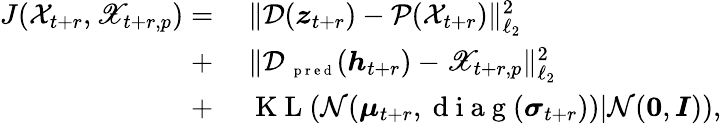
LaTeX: \begin{array}{rl}{J(\mathcal X_{t+r},\mathscr X_{t+r,p})=}&{{}~\| \mathcal D(\boldsymbol z_{t+r})-\mathcal P(\mathcal X_{t+r})\| _{\ell_{2}}^{2}}\\ {+}&{{}~\| \mathcal D_{\mathrm{~\scriptsize~p~r~e~d~}}(\boldsymbol h_{t+r})-\mathscr X_{t+r,p}\| _{\ell_{2}}^{2}}\\ {+}&{{}~\mathrm{~K~L~}(\mathcal N(\boldsymbol\mu_{t+r},\mathrm{~d~i~a~g~}(\boldsymbol\sigma_{t+r}))|\mathcal N(\boldsymbol 0,\boldsymbol I)),}\end{array}